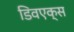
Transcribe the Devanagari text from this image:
डिवएक्स